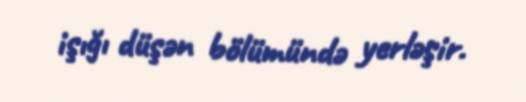
işığı düşən bölümündə yerləşir.